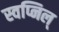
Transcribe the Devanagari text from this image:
स्वप्निल्